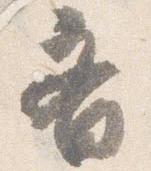
斉